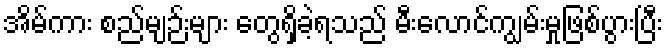
အိမ်ကား စည်မျဉ်းများ တွေရှိခဲ့ရသည် မီးလောင်ကျွမ်းမှုဖြစ်ပွားပြီး